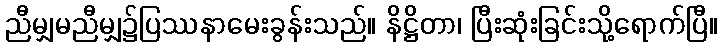
ညီမျှမညီမျှ၌ပြဿနာမေးခွန်းသည်။ နိဋ္ဌိတာ၊ ပြီးဆုံးခြင်းသို့ရောက်ပြီ။